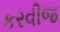
કરવીજ